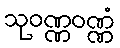
သုဝဏ္ဏဝဏ္ဏံ